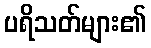
ပရိသတ်များ၏